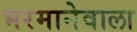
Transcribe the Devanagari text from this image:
भरमानेवाला